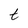
Character: t